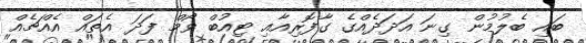
ބައި ބެލުމުން ގިނަ އަދަދެއްގެ ގާފޮރިއާއި ޓިއުބް ވޯމް ފަދަ އެތައް އެއްޗެއް